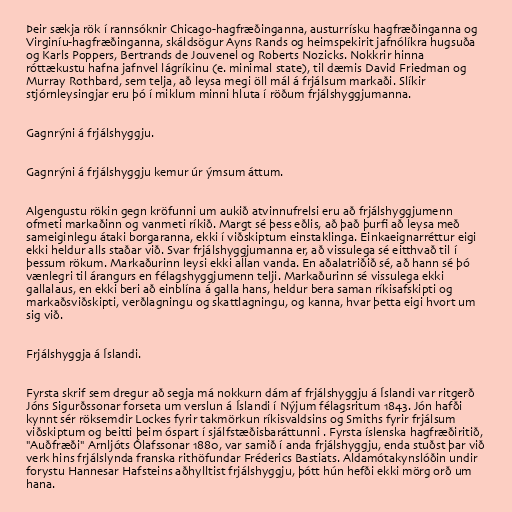
Þeir sækja rök í rannsóknir Chicago-hagfræðinganna, austurrísku hagfræðinganna og
Virginíu-hagfræðinganna, skáldsögur Ayns Rands og heimspekirit jafnólíkra hugsuða
og Karls Poppers, Bertrands de Jouvenel og Roberts Nozicks. Nokkrir hinna
róttækustu hafna jafnvel lágríkinu (e. minimal state), til dæmis David Friedman og
Murray Rothbard, sem telja, að leysa megi öll mál á frjálsum markaði. Slíkir
stjórnleysingjar eru þó í miklum minni hluta í röðum frjálshyggjumanna.

Gagnrýni á frjálshyggju.

Gagnrýni á frjálshyggju kemur úr ýmsum áttum.

Algengustu rökin gegn kröfunni um aukið atvinnufrelsi eru að frjálshyggjumenn
ofmeti markaðinn og vanmeti ríkið. Margt sé þess eðlis, að það þurfi að leysa með
sameiginlegu átaki borgaranna, ekki í viðskiptum einstaklinga. Einkaeignarréttur eigi
ekki heldur alls staðar við. Svar frjálshyggjumanna er, að vissulega sé eitthvað til í
þessum rökum. Markaðurinn leysi ekki allan vanda. En aðalatriðið sé, að hann sé þó
vænlegri til árangurs en félagshyggjumenn telji. Markaðurinn sé vissulega ekki
gallalaus, en ekki beri að einblína á galla hans, heldur bera saman ríkisafskipti og
markaðsviðskipti, verðlagningu og skattlagningu, og kanna, hvar þetta eigi hvort um
sig við.

Frjálshyggja á Íslandi.

Fyrsta skrif sem dregur að segja má nokkurn dám af frjálshyggju á Íslandi var ritgerð
Jóns Sigurðssonar forseta um verslun á Íslandi í Nýjum félagsritum 1843. Jón hafði
kynnt sér röksemdir Lockes fyrir takmörkun ríkisvaldsins og Smiths fyrir frjálsum
viðskiptum og beitti þeim óspart í sjálfstæðisbaráttunni . Fyrsta íslenska hagfræðiritið,
"Auðfræði" Arnljóts Ólafssonar 1880, var samið í anda frjálshyggju, enda stuðst þar við
verk hins frjálslynda franska rithöfundar Fréderics Bastiats. Aldamótakynslóðin undir
forystu Hannesar Hafsteins aðhylltist frjálshyggju, þótt hún hefði ekki mörg orð um
hana.